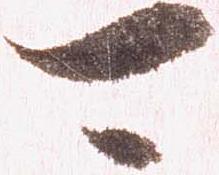
可